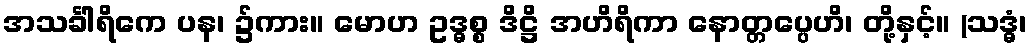
အသင်္ခါရိကေ ပန၊ ၌ကား။ မောဟ ဥဒ္ဓစ္စ ဒိဋ္ဌိ အဟိရိကာ နောတ္တပ္ပေဟိ၊ တို့နှင့်။ (သဒ္ဓံ၊